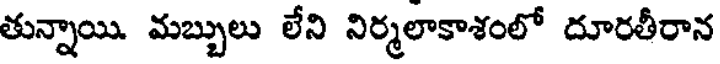
తున్నాయి. మబ్బులు లేని నిర్మలాకాశంలో దూరతీరాన